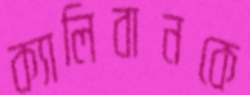
ক্যালিবানকে